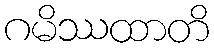
ဂမိဿထာတိ